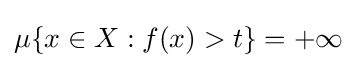
\mu \{x\in X:f(x)>t\}=+\infty